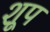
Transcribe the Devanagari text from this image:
शूप